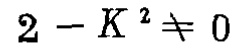
\(2 - K^{2} \neq 0\)